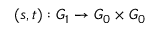
( s , t ) : G _ { 1 } \to G _ { 0 } \times G _ { 0 }